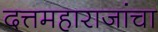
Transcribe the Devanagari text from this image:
दत्तमहाराजांचा